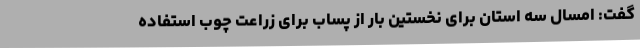
گفت: امسال سه استان برای نخستین بار از پساب برای زراعت چوب استفاده